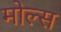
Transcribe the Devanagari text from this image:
मोल्स